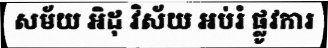
សម័យ អិដុ វិស័យ អប់រំ ផ្លូវការ